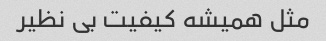
مثل همیشه کیفیت بی نظیر